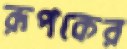
রূপকের